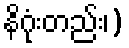
နိဂုံးတည်း၊)